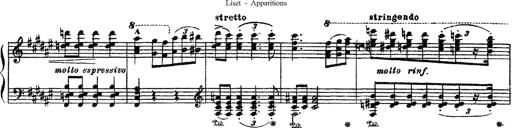
Title: Apparitions
Composer: Franz Liszt